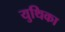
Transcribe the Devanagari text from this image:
युथिका